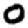
Digit: 0